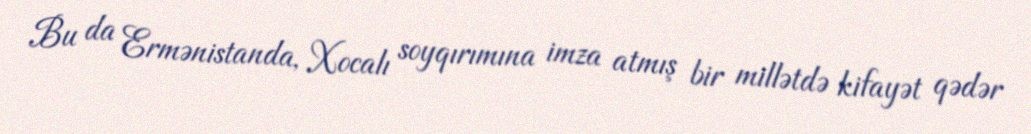
Bu da Ermənistanda, Xocalı soyqırımına imza atmış bir millətdə kifayət qədər